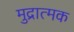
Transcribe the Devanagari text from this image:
मुद्रात्मक